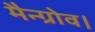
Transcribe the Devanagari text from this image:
मैन्ग्रोव।